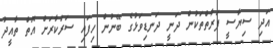
އަދި ސިޔާސީ ފަރާތްތަކުން ދަނީ ދަނޑިވަޅުގެ ބޭނުން ހިފައި ސަރުކާރަށް އޮތް ތާއީދު